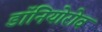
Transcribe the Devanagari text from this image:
डॉनियोरोव